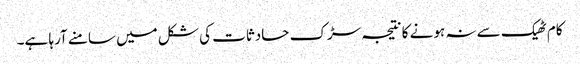
کام ٹھیک سے نہ ہونے کا نتیجہ سڑک حادثات کی شکل میں سامنے آرہا ہے۔